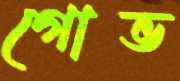
গোভ